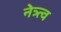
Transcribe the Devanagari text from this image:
नेत्र्त्व